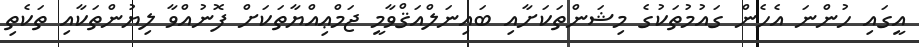
އީގައި ހުންނަ އެހެން ގައުމުތަކުގެ މިޝަންތަކަށާއި ބައިނަލްއަޤްވާމީ ޖަމްޢިއްޔާތަކަށް ފޮނުއްވާ ލިޔުންތަކާއި ތަކެތި